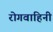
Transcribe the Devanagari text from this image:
रोगवाहिनी